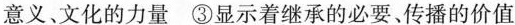
意义、文化的力量③显示着继承的必要、传播的价值